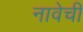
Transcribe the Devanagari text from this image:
नावेची